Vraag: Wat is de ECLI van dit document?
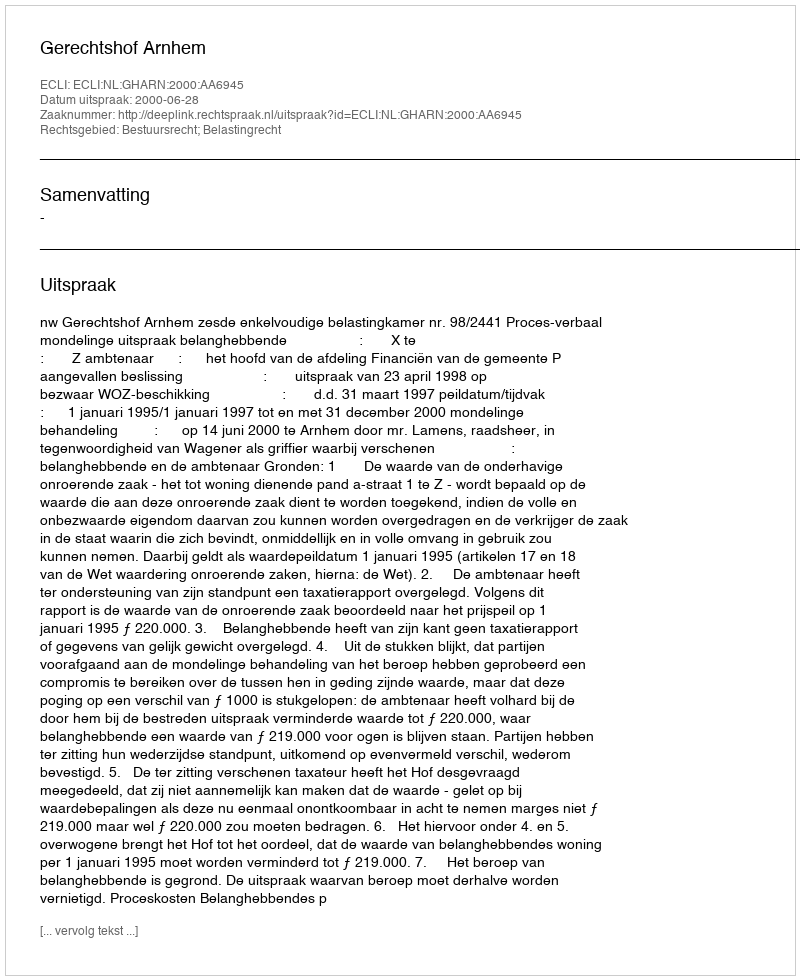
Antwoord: ECLI:NL:GHARN:2000:AA6945